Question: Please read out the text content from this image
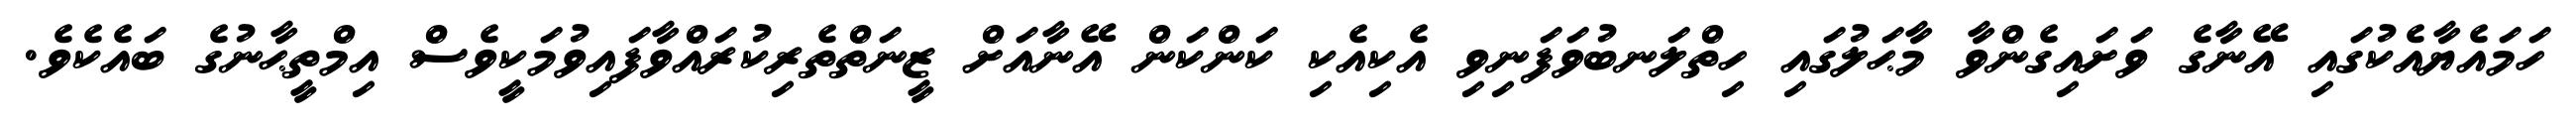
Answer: ހަމައެޔާއެކުގައި އޭނާގެ ވަށައިގެންވާ މާޙަލުގައި ހިތްލަނބުވަފަނިވި އެކިއެކި ކަންކަން އޭނާއަށް ޒީނަތްތެރިކުރައްވާފައިވުމަކީވެސް އިމްތީޙާނުގެ ބައެކެވެ.